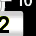
Digit: 2